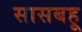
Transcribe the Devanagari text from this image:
सासबहू